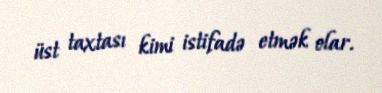
üst taxtası kimi istifadə etmək olar.